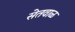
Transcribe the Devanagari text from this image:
सेतवाळ